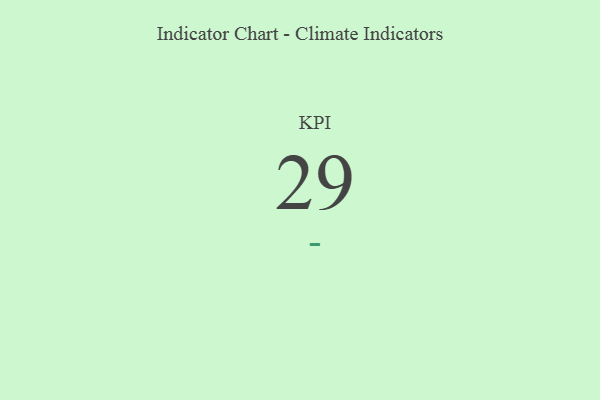
{"axis": {"x": "KPI", "y": "Value"}, "legend": [""], "data": [{"x": "KPI", "y": 29, "type": ""}]}